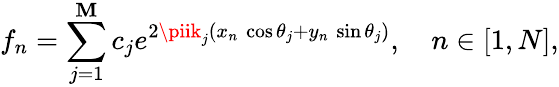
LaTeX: f_{n}=\sum_{j=1}^{\mathbf{M}}c_{j}e^{2\piik_{j}(x_{n}\, \cos\theta_{j}+y_{n}\, \sin\theta_{j})},~~~~n\in[1,N],